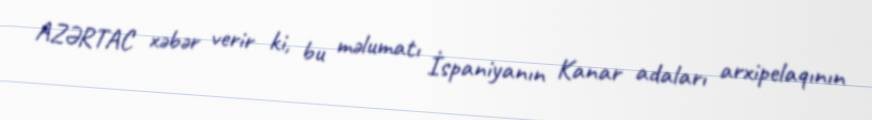
AZƏRTAC xəbər verir ki, bu məlumatı İspaniyanın Kanar adaları arxipelaqının